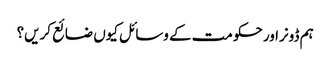
ہم ڈونراور حکومت کے وسائل کیوں ضائع کریں؟